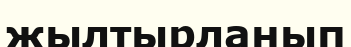
жылтырланып